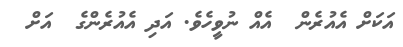
އަކަށް އެއުރެން  އެއް ނުވީހެވެ. އަދި އެއުރެންގެ  އަށް